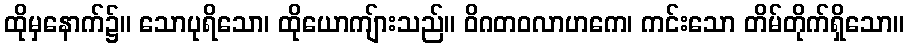
ထိုမှနောက်၌။ သောပုရိသော၊ ထိုယောကျ်ားသည်။ ဝိဂတဝလာဟကေ၊ ကင်းသော တိမ်တိုက်ရှိသော။